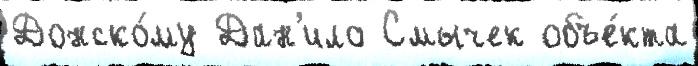
Донско́му Дан'ило Смычек объе́кта